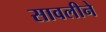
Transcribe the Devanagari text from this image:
सावलीने